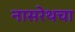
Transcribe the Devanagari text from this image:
नासरेथचा